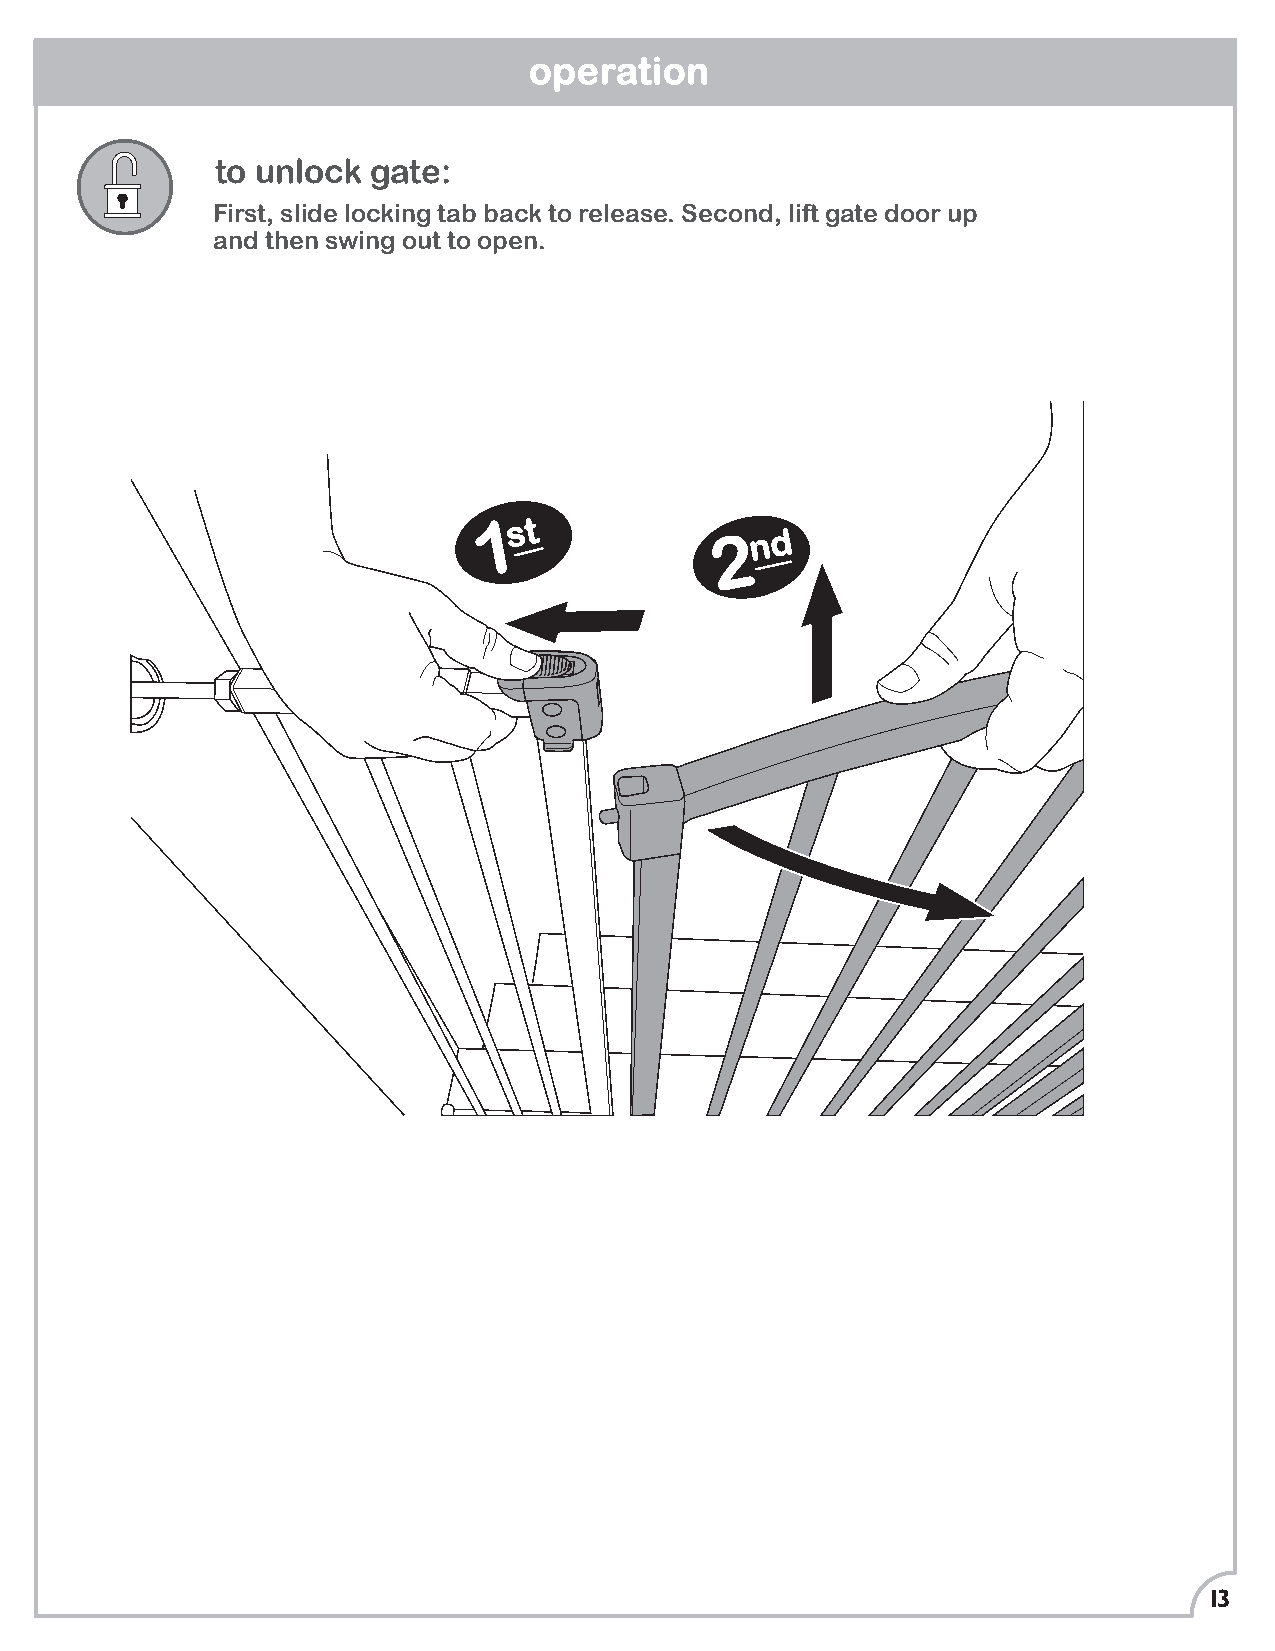
operation
 to unlock  gate:
 First, slide locking tab back to release. Second, lift gate door up
 and then swing out to open.
 1s t
 2n d
 13